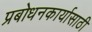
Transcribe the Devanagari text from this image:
प्रबोधनकार्यासाठी